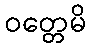
ဝတ္တေမိ